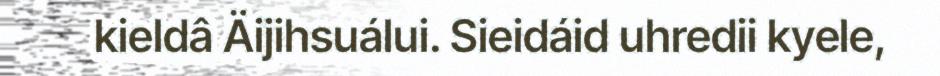
kieldâ Äijihsuálui. Sieidáid uhredii kyele,